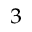
^ 3